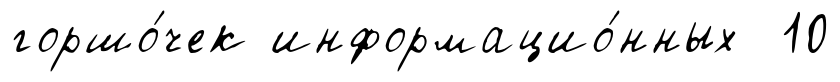
горшо́чек информацио́нных 10